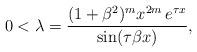
LaTeX: \begin{align*} 0 < \lambda = \frac{(1 + \beta^2)^m x^{2 m} \, e^{\tau x}}{\sin (\tau \beta x)}, \end{align*}